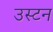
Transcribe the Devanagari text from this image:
उस्टन